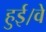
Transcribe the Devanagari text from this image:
हुई।वे